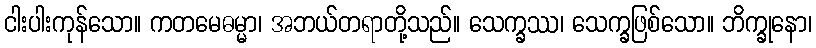
ငါးပါးကုန်သော။ ကတမေဓမ္မာ၊ အဘယ်တရာတို့သည်။ သေက္ခဿ၊ သေက္ခဖြစ်သော။ ဘိက္ခုနော၊